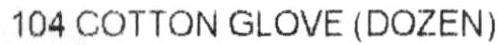
104 COTTON GLOVE (DOZEN)